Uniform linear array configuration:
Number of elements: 4
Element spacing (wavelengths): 0.25
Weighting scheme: exponential
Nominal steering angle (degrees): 45
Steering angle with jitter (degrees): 45.837
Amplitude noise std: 0.05
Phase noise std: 0.05

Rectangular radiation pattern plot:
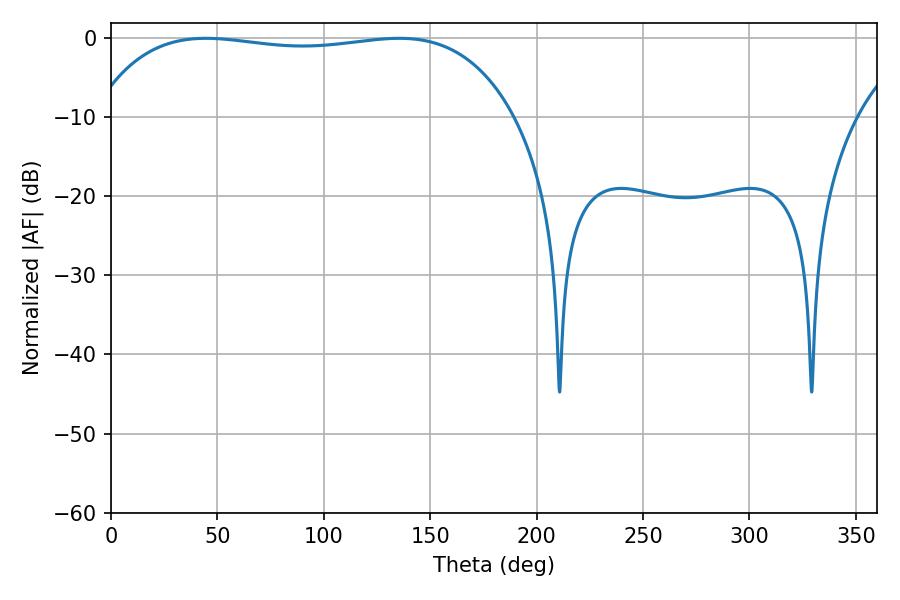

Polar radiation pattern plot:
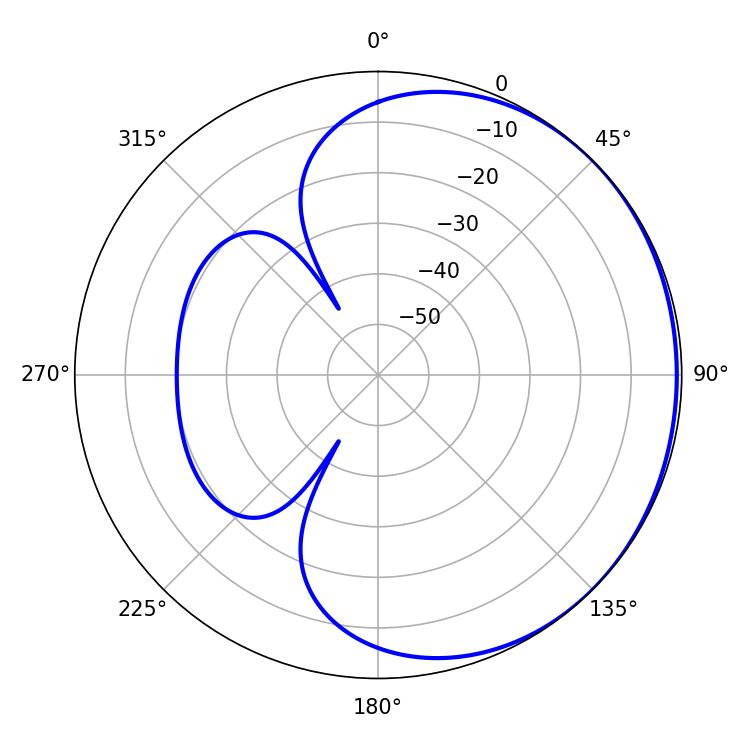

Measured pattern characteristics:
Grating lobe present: FALSE
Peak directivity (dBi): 0.6479
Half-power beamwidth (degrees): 158.04
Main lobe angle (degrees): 44.64